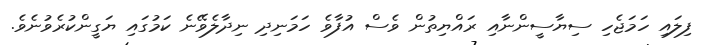
ފިލައި ހަމަޖެހި ސިޔާސީންނާއި ރައްޔިތުން ވެސް އުފާވެ ހަމަނިދި ނިދާލެވޭނެ ކަމުގައި ޔަގީންކުރެވުނެވެ.